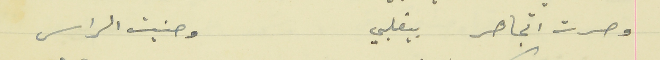
وصرت اتجاهر بيقلبي                                       وحنيت الراس